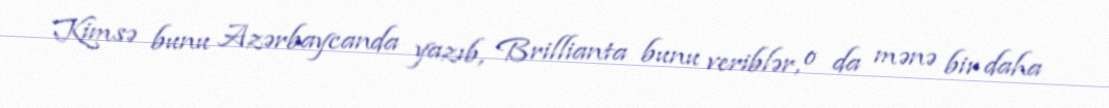
Kimsə bunu Azərbaycanda yazıb, Brillianta bunu veriblər, o da mənə bir daha